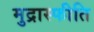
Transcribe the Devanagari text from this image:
मुद्रास्‍फीति